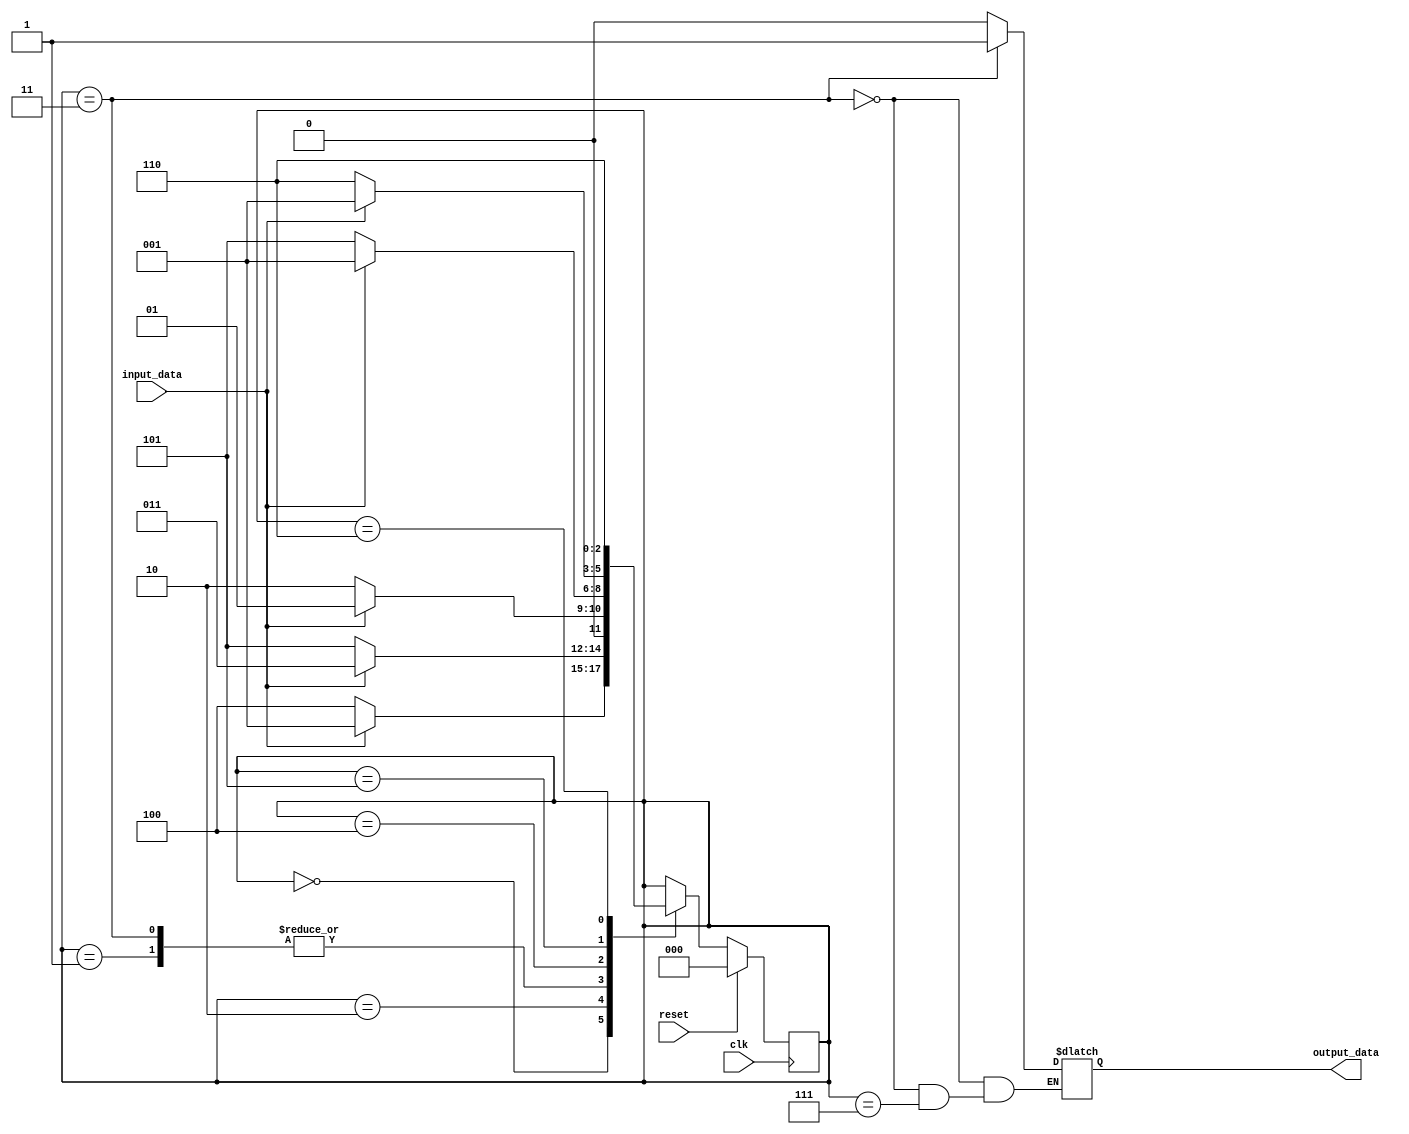
`timescale 1ns / 1ps

module string_pattern_recognizer (
    input_data, 
    reset, 
    clk, 
    output_data);

    localparam S0 = 3'b000,
               S1 = 3'b001,
               S2 = 3'b010,
               S3 = 3'b011,
               S4 = 3'b100,
               S5 = 3'b101,
               S6 = 3'b110;

    input input_data;
    input reset;
    input clk;
    output reg output_data;

    reg [2:0] state;

    // always @(state) $display(state);

    initial state = 3'b111;

    always @(posedge clk) begin
        if (reset)
            state <= 3'b000;
        else begin
            case (state)
                S0 : begin
                    if (input_data == 1)    state <= S1;
                    else                    state <= S4;
                end
                S1 : begin
                    if (input_data == 1)    state <= S1;
                    else                    state <= S2;
                end
                S2 : begin
                    if (input_data == 1)    state <= S3;
                    else                    state <= S5;
                end
                S3 : begin
                    if (input_data == 1)    state <= S1;
                    else                    state <= S2;
                end
                S4 : begin
                    if (input_data == 1)    state <= S1;
                    else                    state <= S5;
                end
                S5 : begin
                    if (input_data == 1)    state <= S1;
                    else                    state <= S6;
                end
                S6 : state <= S6;
            endcase
        end
    end

    always @(*) begin
        if (state == S3)                    output_data = 1'b1;
        else if (state == 3'b111)           output_data = output_data;
        else                                output_data = 1'b0;
    end
endmodule